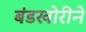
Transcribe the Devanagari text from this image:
बंडखोरीने